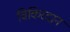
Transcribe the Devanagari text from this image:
विकिरदान